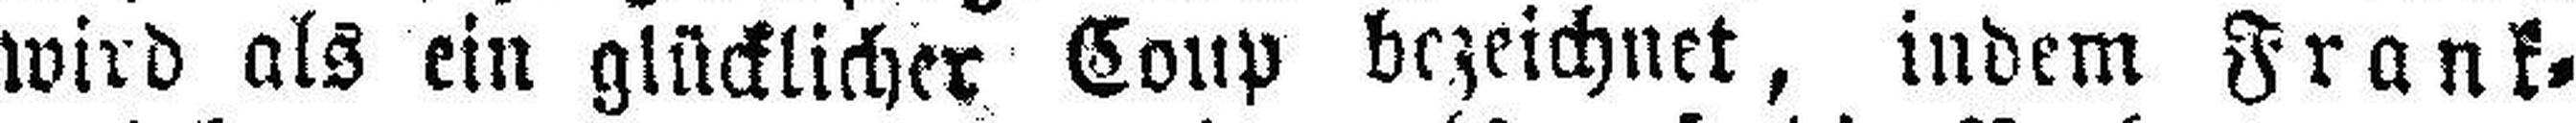
wird als ein glücklicher Coup bezeichnet, indem Frank¬